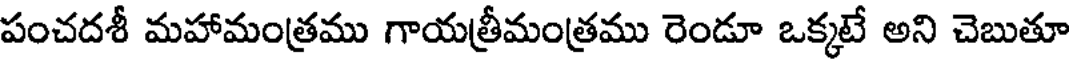
పంచదశీ మహామంత్రము గాయత్రీమంత్రము రెండూ ఒక్కటే అని చెబుతూ